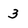
Character: 3